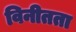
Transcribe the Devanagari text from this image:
विनीतता